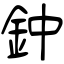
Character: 鈡